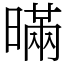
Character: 暪